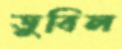
ডুবিল